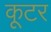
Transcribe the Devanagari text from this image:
कूटर